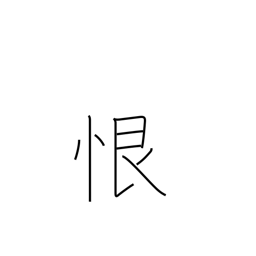
Meaning: malice